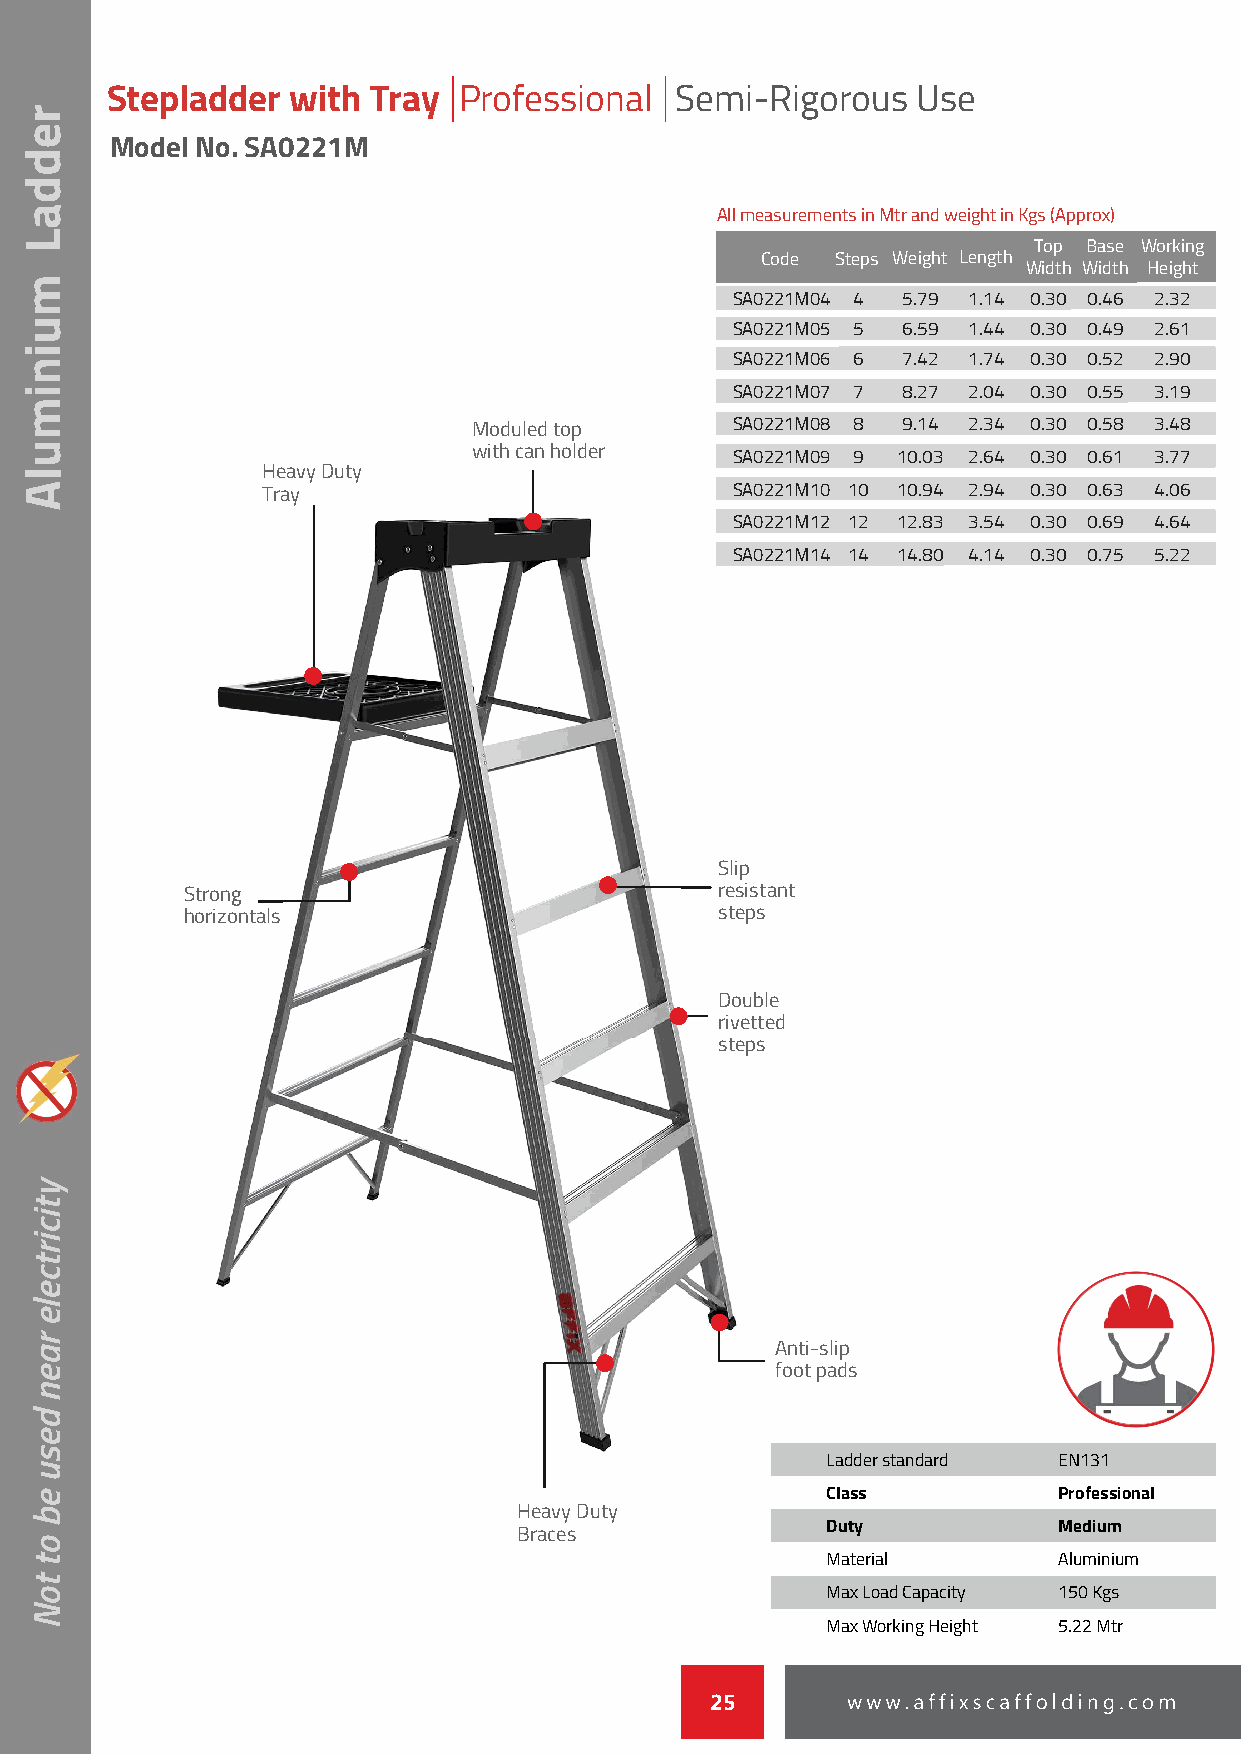
Stepladder  with  Tray Professional   Semi-Rigorous   Use
 Model No. SA0221M
 All measurements in Mtr and weight in Kgs (Approx)
 Top Base Working
 Code Steps Weight Length
 Width Width Height
 SA0221M04 4 5.79 1.14 0.30 0.46 2.32
 SA0221M05 5 6.59 1.44 0.30 0.49 2.61
 SA0221M06 6 7.42 1.74 0.30 0.52 2.90
 SA0221M07 7 8.27 2.04 0.30 0.55 3.19
 MMMMoooodddduuuulllleeeedddd ttttoooopppp SA0221M08 8 9.14 2.34 0.30 0.58 3.48
 wwwwiiiitttthhhh ccccaaaannnn hhhhoooollllddddeeeerrrr SA0221M09 9 10.03 2.64 0.30 0.61 3.77
 HHHHeeeeaaaavvvvyyyy DDDDuuuuttttyyyy
 TTTTrrrraaaayyyy               SA0221M10 10 10.94 2.94 0.30 0.63 4.06
 SA0221M12 12 12.83 3.54 0.30 0.69 4.64
 SA0221M14 14 14.80 4.14 0.30 0.75 5.22
 SSSSlllliiiipppp
 SSSSttttrrrroooonnnngggg            rrrreeeessssiiiissssttttaaaannnntttt
 hhhhoooorrrriiiizzzzoooonnnnttttaaaallllssss sssstttteeeeppppssss
 DDDDoooouuuubbbblllleeee
 rrrriiiivvvveeeetttttttteeeedddd
 sssstttteeeeppppssss
 AAAAnnnnttttiiii----sssslllliiiipppp
 ffffooooooootttt ppppaaaaddddssss
 Ladder standard EN131
 Class          Professional
 HHHHeeeeaaaavvvvyyyy DDDDuuuuttttyyyy
 BBBBrrrraaaacccceeeessss Duty       Medium
 Material       Aluminium
 Max Load Capacity 150 Kgs
 Max Working Height 5.22 Mtr
 25
 reddaL
 muinimulA
 yticirtcele
 raen
 desu
 eb
 ot
 toN